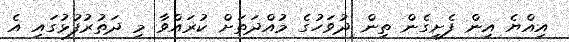
އިއްޔެ އިން ފެށިގެން ތިން ދުވަހުގެ މުއްދަތަށް ކުރައްވާ މި ދަތުރުފުޅުގައި އެ